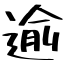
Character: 逾